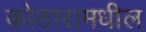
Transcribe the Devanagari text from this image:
कोठारामधील